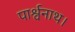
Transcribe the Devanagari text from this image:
पार्श्वनाथ।